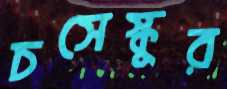
চসেস্কুর